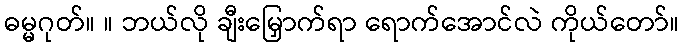
ဓမ္မဂုတ်။ ။ ဘယ်လို ချီးမြှောက်ရာ ရောက်အောင်လဲ ကိုယ်တော်။